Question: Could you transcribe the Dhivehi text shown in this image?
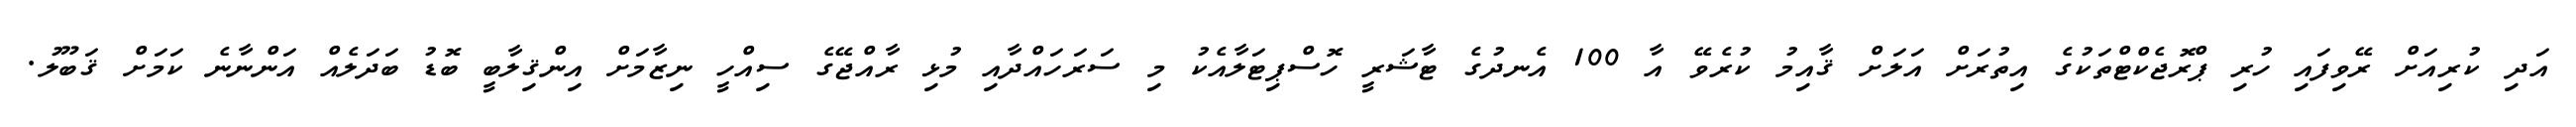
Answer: އަދި ކުރިއަށް ރޭވިފައި ހުރި ޕްރޮޖެކްޓްތަކުގެ އިތުރަށް އަލަށް ޤާއިމު ކުރެވޭ އާ 100 އެނދުގެ ޓާޝަރީ ހޮސްޕިޓަލާއެކު މި ސަރަހައްދާއި މުޅި ރާއްޖޭގެ ސިއްހީ ނިޒާމަށް އިންޤިލާބީ ބޮޑު ބަދަލެއް އަންނާނެ ކަމަށް ޤަބޫލު.